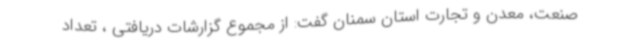
صنعت، معدن و تجارت استان سمنان گفت: از مجموع گزارشات دریافتی ، تعداد